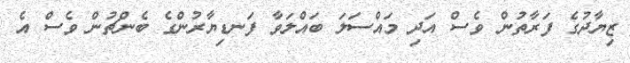
ޒިޔާދުގެ ފަރާތުން ވެސް އަދި މައްސަލަ ބައްލަވާ ފަނޑިޔާރުންގެ ބެންޗުން ވެސް އެ